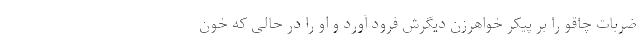
ضربات چاقو را بر پیکر خواهرزن دیگرش فرود آورد و او را در حالی که خون